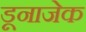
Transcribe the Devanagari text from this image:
डूनाजेक